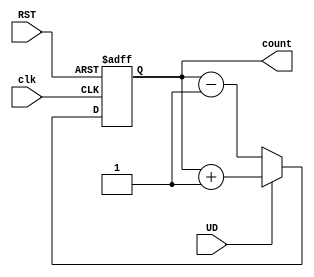
module up_down_async_counter (
    input wire clk,         // Asynchronous clock input
    input wire RST,        // Asynchronous reset input
    input wire UD,         // Up/Down control signal
    output reg [N-1:0] count // Counter output (N-bit wide)
);
    
    parameter N = 4; // Number of bits in the counter (adjust as needed)

    // Always block for asynchronous reset and counting
    always @(posedge clk or posedge RST) begin
        if (RST) begin
            count <= 0; // Reset the counter to 0
        end else begin
            if (UD) begin
                count <= count + 1; // Increment the counter
            end else begin
                count <= count - 1; // Decrement the counter
            end
        end
    end

endmodule